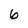
Character: 6